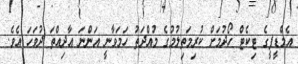
އެމްޑީޕީގެ ޓިކެޓް ހޯދުމަށް ކުރިމަތިލުމުގެ މުއްދަތު ހަމަވާނީ އަންނަ އާދިއްތަ ދުވަހަ އެވެ.